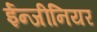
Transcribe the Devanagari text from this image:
ईन्जीनियर